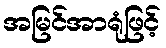
အမြင်အာရုံဖြင့်